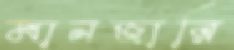
মানজারি